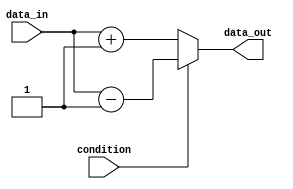
module if_else_statement (
    input wire condition,
    input wire data_in,
    output reg data_out
);

always @(*) begin
    if (~condition) begin
        // Execute if condition is false
        data_out <= data_in + 1;
    end
    else begin
        // Execute if condition is true
        data_out <= data_in - 1;
    end
end

endmodule